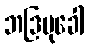
ဘဒြမုခေါ